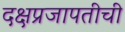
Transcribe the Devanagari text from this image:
दक्षप्रजापतीची